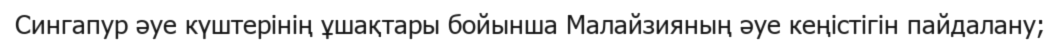
Сингапур әуе күштерінің ұшақтары бойынша Малайзияның әуе кеңістігін пайдалану;